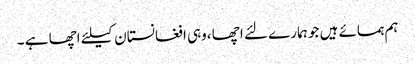
ہم ہمسائے ہیں جو ہمارے لئے اچھا ،وہی افغانستان کیلئے اچھا ہے ۔